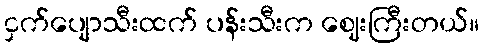
ငှက်ပျောသီးထက် ပန်းသီးက ဈေးကြီးတယ်။